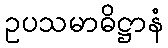
ဥပသမာဓိဋ္ဌာနံ